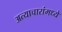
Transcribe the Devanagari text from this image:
अत्याचारांमध्ये